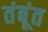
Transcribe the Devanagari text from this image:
तंबूंत